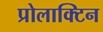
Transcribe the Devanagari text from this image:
प्रोलाक्टिन